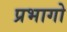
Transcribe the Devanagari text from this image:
प्रभागो